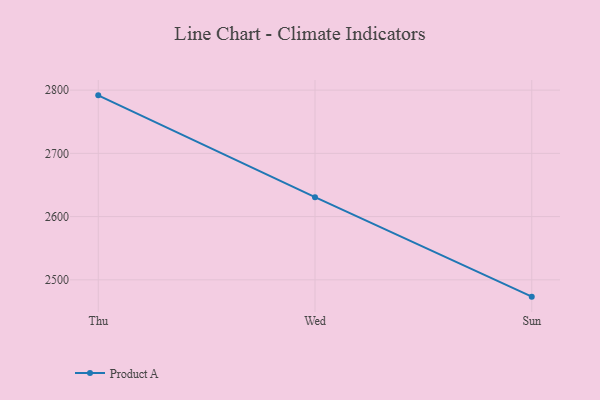
{"axis": {"x": "Day", "y": "Page Views"}, "legend": ["Product A"], "data": [{"x": "Thu", "y": 2791.7, "type": "Product A"}, {"x": "Wed", "y": 2630.7, "type": "Product A"}, {"x": "Sun", "y": 2473.4, "type": "Product A"}]}